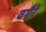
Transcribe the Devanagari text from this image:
वगैरें